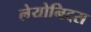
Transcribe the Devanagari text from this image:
लेयोनिदस